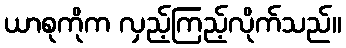
ယာစုကိုက လှည့်ကြည့်လိုက်သည်။